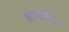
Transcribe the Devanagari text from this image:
औब्सीडीयन